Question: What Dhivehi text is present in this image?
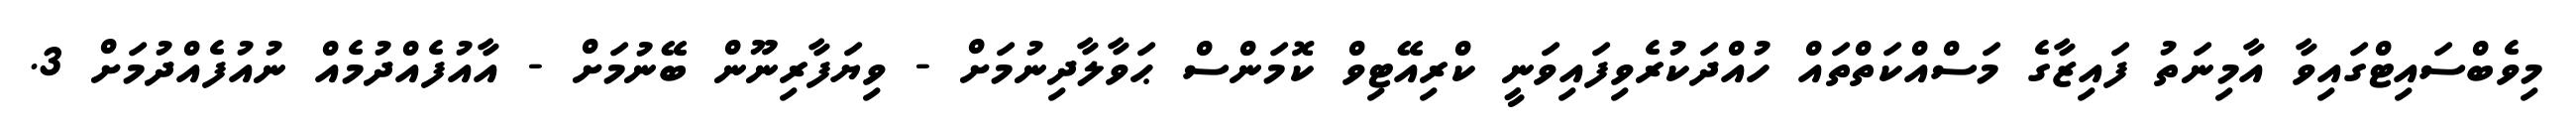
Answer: މިވެބްސައިޓްގައިވާ އާމިނަތު ފައިޒާގެ މަސްއްކަތްތައް ހުއްދަކުރެވިފައިވަނީ ކްރިއޭޓިވް ކޮމަންސް ޙަވާލާދިނުމަށް - ވިޔަފާރިނޫން ބޭނުމަށް - އާއުފެއްދުމެއް ނުއުފެއްދުމަށް 3.